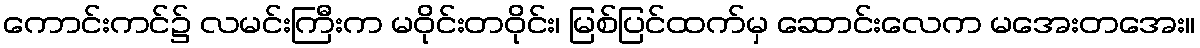
ကောင်းကင်၌ လမင်းကြီးက မဝိုင်းတဝိုင်း၊ မြစ်ပြင်ထက်မှ ဆောင်းလေက မအေးတအေး။